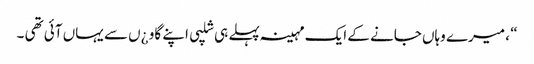
“ ، میرے وہاں جانے کے ایک مہینہ پہلے ہی شلپی اپنے گاو ¿ں سے یہاں آئی تھی ۔